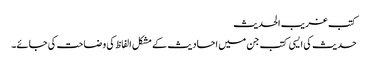
کتب غریب الحدیث
حدیث کی ایسی کتب جن میں احادیث کے مشکل الفاظ کی وضاحت کی جائے۔